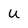
Character: U